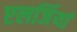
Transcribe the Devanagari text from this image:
एलर्जियां